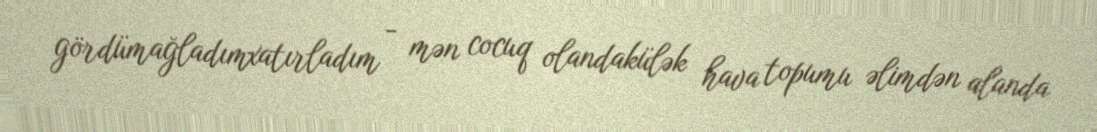
gördümağladımxatırladım - mən cocuq olandakülək hava topumu əlimdən alanda